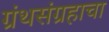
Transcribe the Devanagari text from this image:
ग्रंथसंग्रहाचा